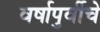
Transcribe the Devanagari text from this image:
वर्षापुर्वीचे